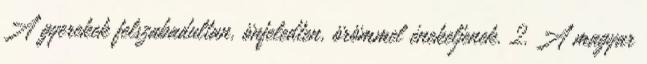
A gyerekek felszabadultan, önfeledten, örömmel énekeljenek. 2. A magyar